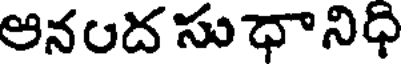
అనంద సుధానిధి